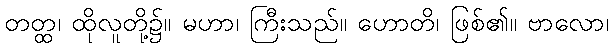
တတ္ထ၊ ထိုလူတို့၌။ မဟာ၊ ကြီးသည်။ ဟောတိ၊ ဖြစ်၏။ ဗာလော၊